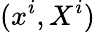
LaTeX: (x^{i},X^{i})